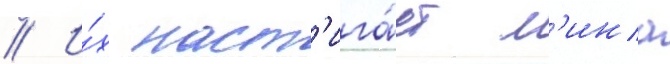
// И́х наст'ига́ет л'ина